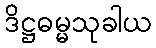
ဒိဋ္ဌဓမ္မသုခါယ